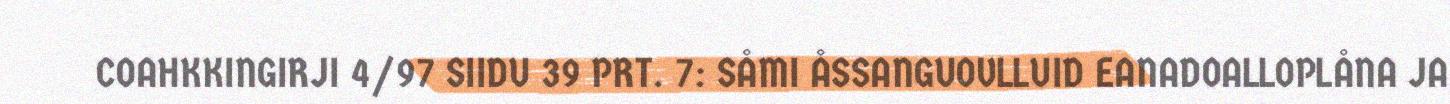
COAHKKINGIRJI 4/97 SIIDU 39 PRT. 7: SÅMI ÅSSANGUOVLLUID EANADOALLOPLÅNA JA